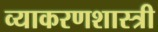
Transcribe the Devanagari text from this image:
व्याकरणशास्त्री